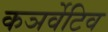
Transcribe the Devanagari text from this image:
कञर्वेटिव